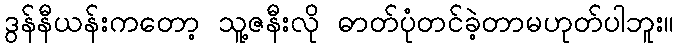
ဒွန်နီယန်းကတော့ သူ့ဇနီးလို ဓာတ်ပုံတင်ခဲ့တာမဟုတ်ပါဘူး။